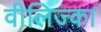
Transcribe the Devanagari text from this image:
वीलिज्का